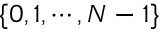
\{ 0 , 1 , \cdots , N - 1 \}